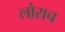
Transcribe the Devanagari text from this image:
लोराच